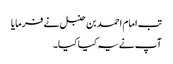
تب امام احمد بن حنبل نے فرمایا
آپ نے یہ کیا کیا۔